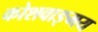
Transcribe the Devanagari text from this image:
कोशवाङ्मय